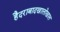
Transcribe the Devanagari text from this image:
हैदराबादखालोखाल